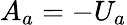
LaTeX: A_{a}=-U_{a}